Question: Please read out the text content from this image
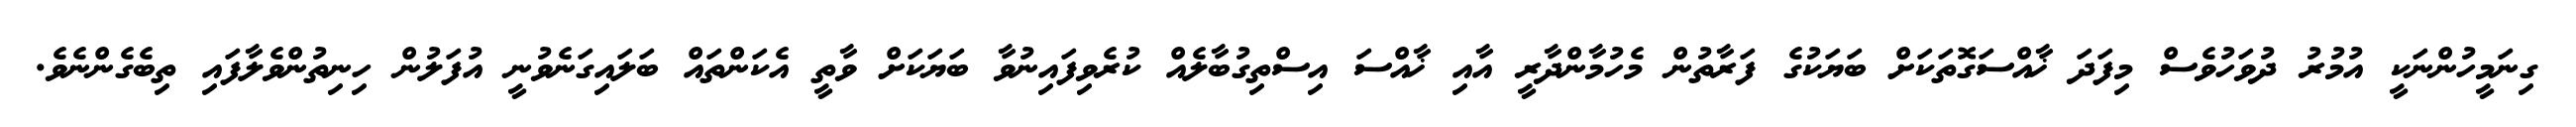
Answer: ގިނަމީހުންނަކީ އުމުރު ދުވަހުވެސް މިފަދަ ޚާއްސަގޮތަކަށް ބަޔަކުގެ ފަރާތުން މެހުމާންދާރީ އާއި ޚާއްސަ އިސްތިގުބާލެއް ކުރެވިފައިނުވާ ބަޔަކަށް ވާތީ އެކަންތައް ބަލައިގަނެވުނީ އުފަލުން ހިނިތުންވެލާފައި ތިބެގެންނެވެ.